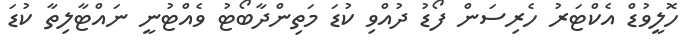
ހޮލީވުޑް އެކްޓަރު ހެރިސަން ފޯޑު ދުއްވި ކުޑަ މަތިންދާބޯޓު ވެއްޓުނީ ނައްޓާލިތާ ކުޑަ